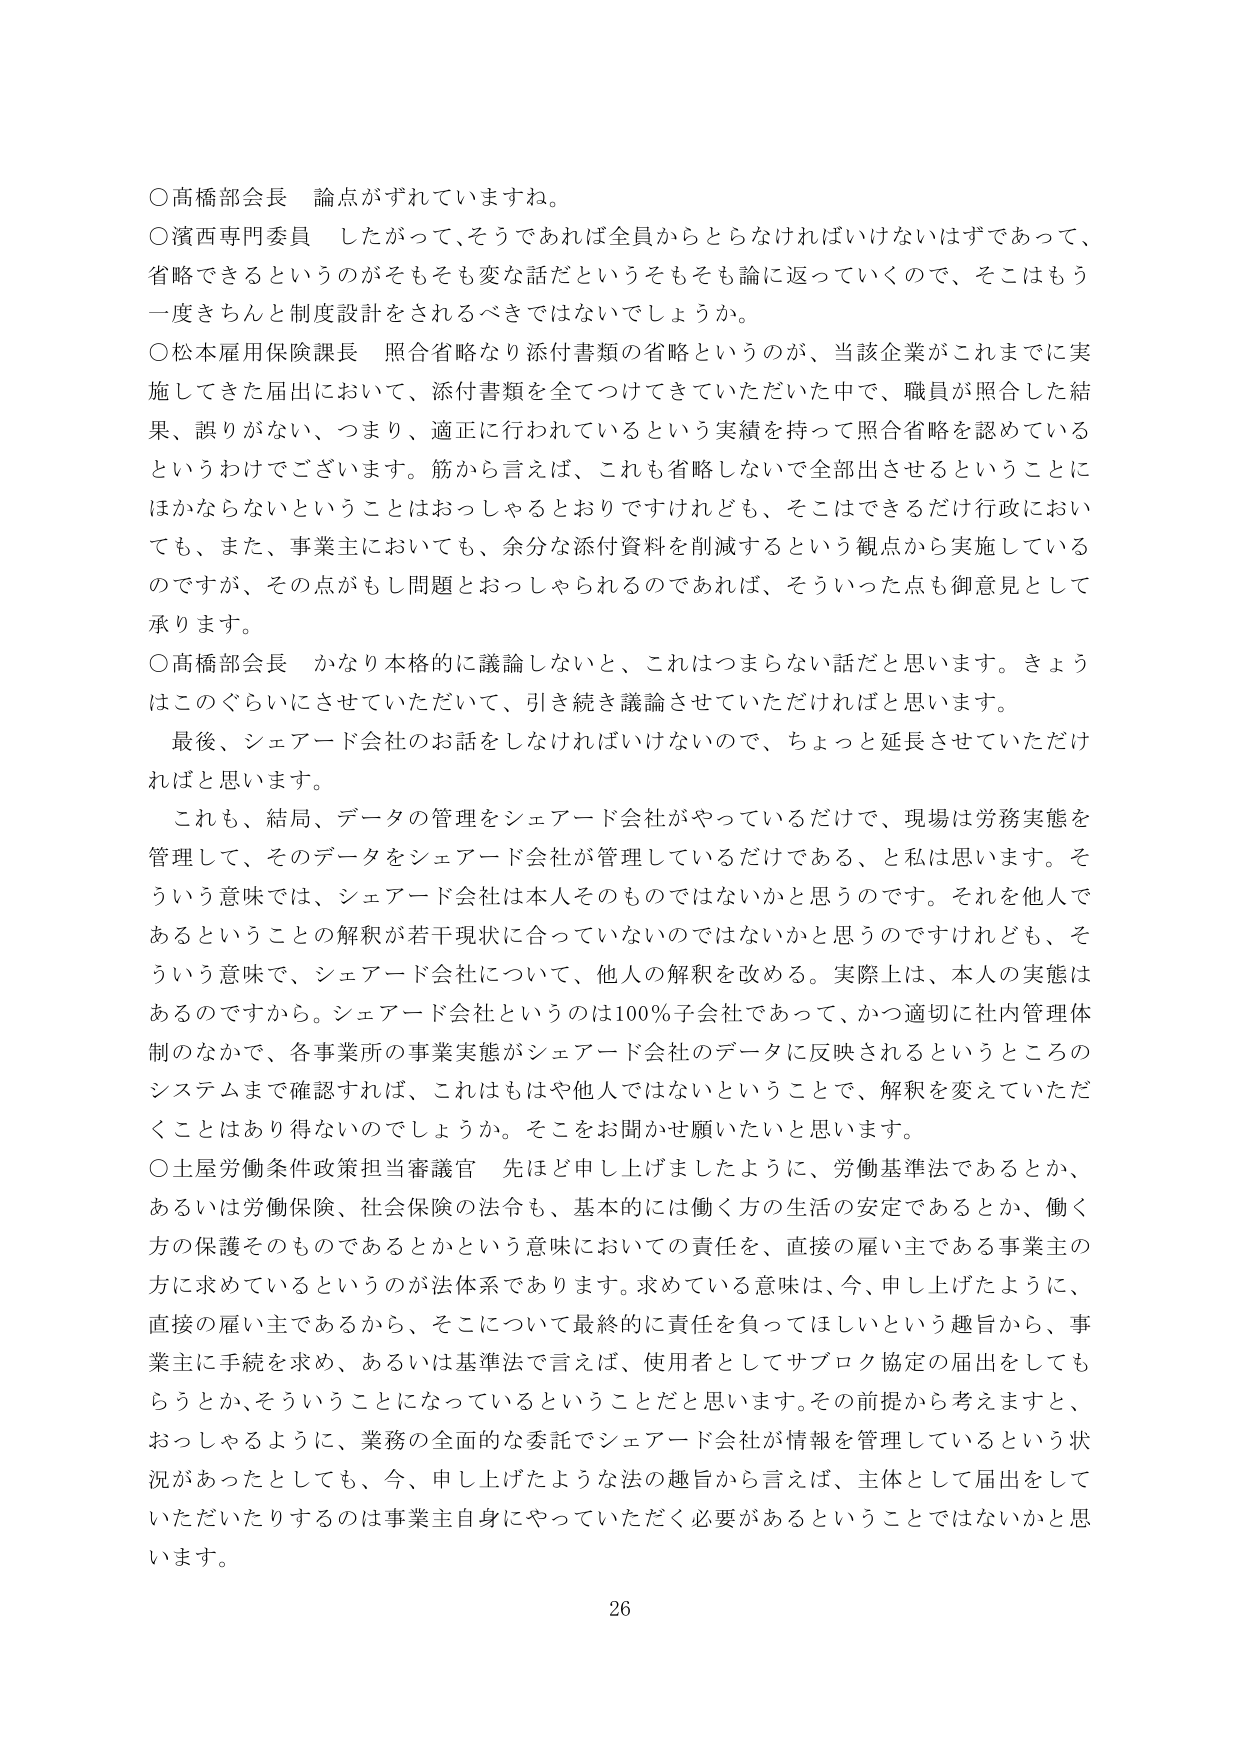
○高橋部会長 論点がずれていますね。
○濱西専門委員 したがって、そうであれば全員からとらなければならないはずであって、省略できるというのがそもそも変な話だというそもそも論に返っていくので、そこはもう一度きちんと制度設計をされるべきではないでしょうか。
○松本雇用保険課長 照合省略なり添付書類の省略というのが、当該企業がこれまでに実施してきた届出において、添付書類を全てつけてきていただいた中で、職員が照合した結果、誤りがない、つまり、適正に行われているという実績を持って照合省略を認めているというわけでございます。筋から言えば、これも省略しないで全部出させるということにほかならないということはおっしゃるとおりですけれども、そこはできるだけ行政においても、また、事業主においても、余分な添付資料を削減するという観点から実施しているのですが、その点がもし問題とおっしゃられるのであれば、そういった点も御意見として承ります。
○高橋部会長 かなり本格的に議論しないと、これはつまらない話だと思います。きょうはこのぐらいにさせていただいて、引き続き議論させていただければと思います。
最後、シェアード会社のお話をしなければいけないので、ちょっと延長させていただければと思います。
これも、結局、データの管理をシェアード会社がやっているだけで、現場は労務実態を管理して、そのデータをシェアード会社が管理しているだけである、と思います。そういう意味では、シェアード会社は本人そのものではないかと思うのです。それを他人であるということの解釈が若干現状に合っていないのではないかと思うのですけれども、そういう意味で、シェアード会社について、他人の解釈を改める。実際上は、本人の実態はあるのですから。シェアード会社というのは100％子会社であって、かつ適切に社内管理体制のなかで、各事業所の事業実態がシェアード会社のデータに反映されるというところのシステムまで確認すれば、これはもはや他人ではないということで、解釈を変えていただくことはあり得ないでしょうか。そこをお聞かせ願いたいと思います。
○土屋労働条件政策担当審議官 先ほど申し上げましたように、労働基準法であるとか、あるいは労働保険、社会保険の法令も、基本的には働く方の生活の安定であるとか、働く方の保護そのものであるとかという意味においての責任を、直接の雇い主である事業主の方に求めているというのが法体系であります。求めている意味は、今、申し上げたように、直接の雇い主であるから、そこについて最終的に責任を負ってほしいという趣旨から、事業主に手続を求め、あるいは基準法で言えば、使用者としてサブロク協定の届出をしてもらうとか、そういうことになっているということだと思います。その前提から考えますと、おっしゃるように、業務の全面的な委託でシェアード会社が情報を管理しているという状況があったとしても、今、申し上げたような法の趣旨から言えば、主体として届出をしていただいたりするのは事業主自身にやっていただく必要があるということではないかと思います。
26